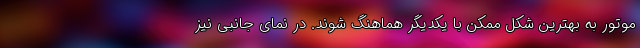
موتور به بهترین شکل ممکن با یکدیگر هماهنگ شوند. در نمای جانبی نیز